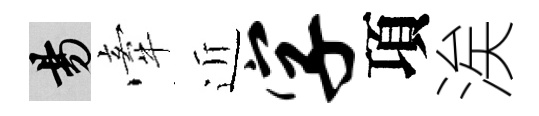
昜牽近字項涘